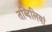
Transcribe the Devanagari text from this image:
तब्दिलियां